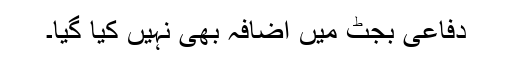
دفاعی بجٹ میں اضافہ بھی نہیں کیا گیا۔